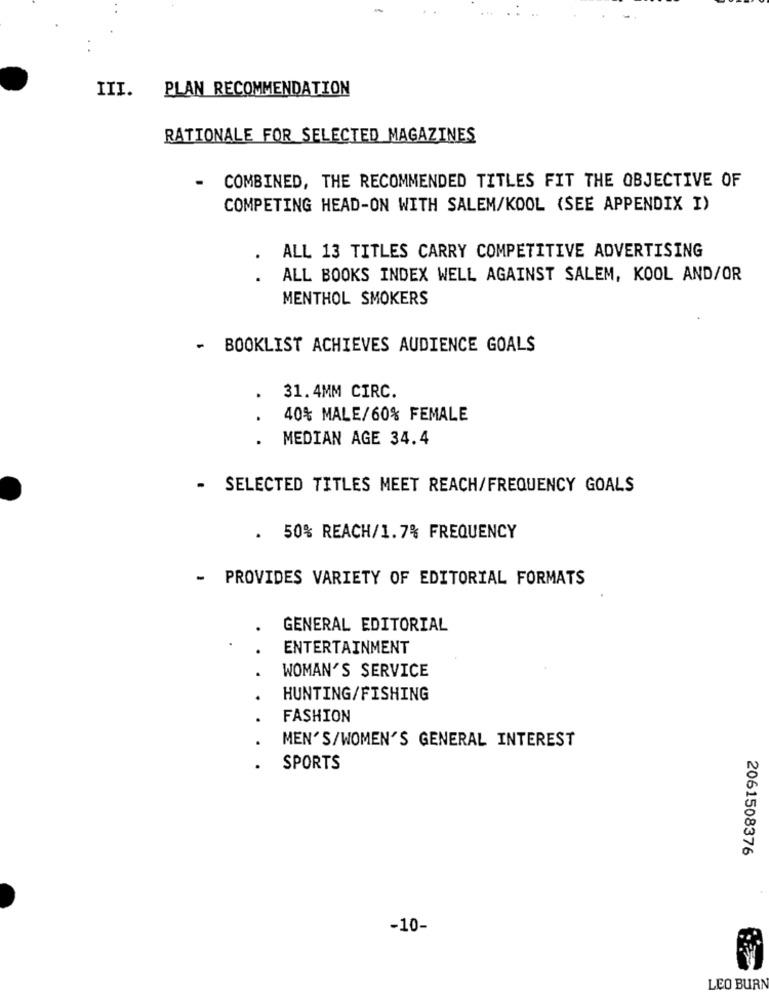
III.
PLAN RECOMMENDATION
RATIONALE FOR SELECTED MAGAZINES
.
COMBINED, THE RECOMMENDED TITLES FIT THE OBJECTIVE OF
COMPETING HEAD-ON WITH SALEM/KOOL (SEE APPENDIX I)
ALL 13 TITLES CARRY COMPETITIVE ADVERTISING
. .
ALL BOOKS INDEX WELL AGAINST SALEM, KOOL AND/OR
MENTHOL SMOKERS
- BOOKLIST ACHIEVES AUDIENCE GOALS
31.4MM CIRC.
40% MALE/60% FEMALE
MEDIAN AGE 34.4
...
- SELECTED TITLES MEET REACH/FREQUENCY GOALS
.
50% REACH/1.7% FREQUENCY
- PROVIDES VARIETY OF EDITORIAL FORMATS
GENERAL EDITORIAL
ENTERTAINMENT
WOMAN'S SERVICE
HUNTING/FISHING
FASHION
MEN'S/WOMEN'S GENERAL INTEREST
SPORTS
2061508376
-10-
LEO BURN